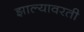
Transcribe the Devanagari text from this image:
झाल्यावरती